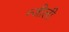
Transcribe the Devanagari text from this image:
न्जीली